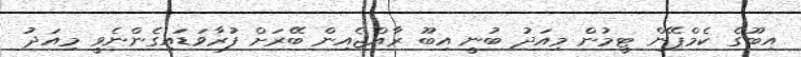
އިބޫގެ ކެމްޕޭން ޓީމުން މިއަދު ބުނީ އިބޫ ރާއްޖެއިން ބޭރަށް ފުރާވަޑައިގެންނެވީ މިއަދު